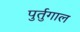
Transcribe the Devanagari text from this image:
पुर्तुगाल